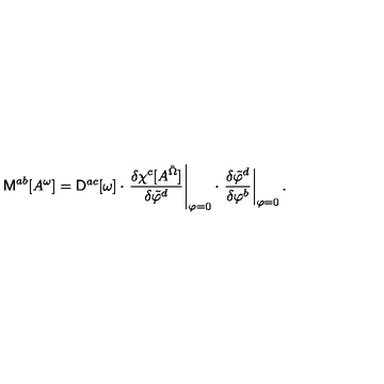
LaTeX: { \sf M } ^ { a b } [ A ^ { \omega } ] = { \sf D } ^ { a c } [ \omega ] \cdot \left. \frac { \delta \chi ^ { c } [ A ^ { \tilde { \Omega } } ] } { \delta \tilde { \varphi } ^ { d } } \right| _ { \varphi = 0 } \cdot \left. \frac { \delta \tilde { \varphi } ^ { d } } { \delta \varphi ^ { b } } \right| _ { \varphi = 0 } .